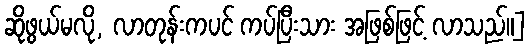
ဆိုဖွယ်မလို, လာတုန်းကပင် ကပ်ပြီးသား အဖြစ်ဖြင့် လာသည်။]